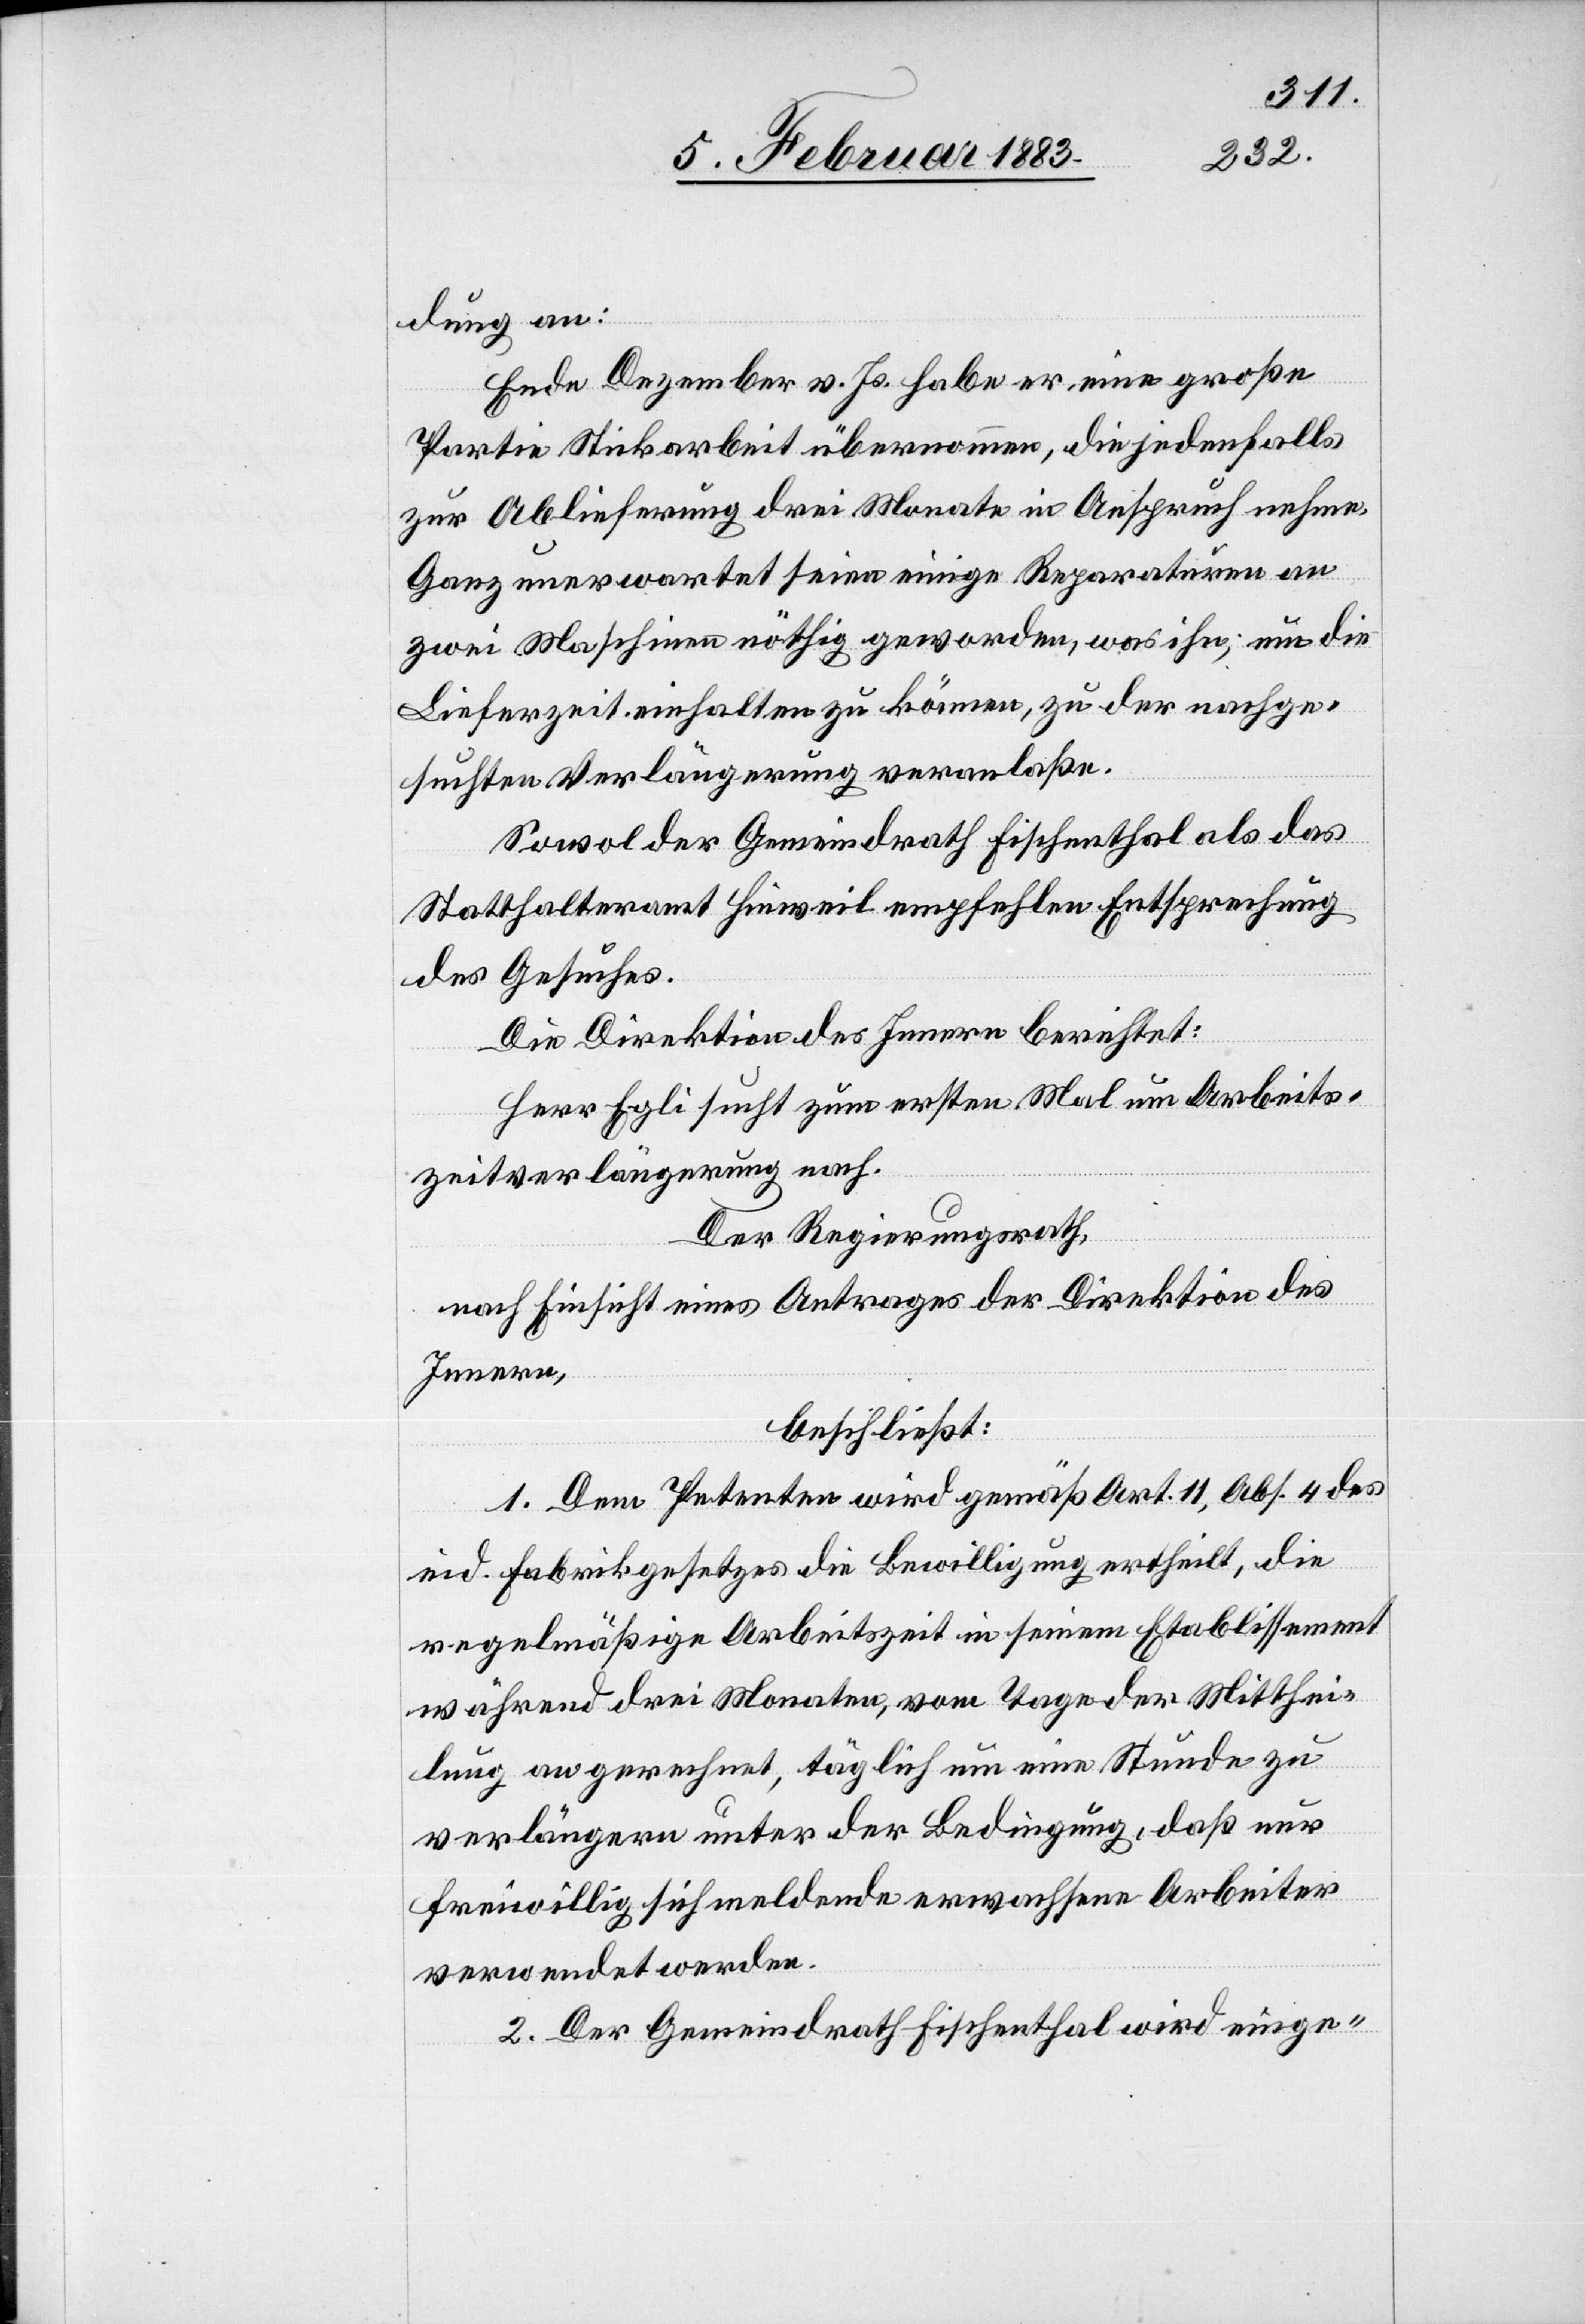
dung an:
Ende Dezember v. Js. habe er eine große
Partie Stickarbeit übernommen, die jedenfalls
zur Ablieferung drei Monate in Anspruch nehme.
Ganz unerwartet seien einige Reparaturen an
zwei Maschinen nöthig geworden, was ihn, um die
Lieferzeit einhalten zu können, zu der nachge¬
suchten Verlängerung veranlaße.
Sowol der Gemeindrath Fischenthal als das
Statthalteramt Hinweil empfehlen Entsprechung
des Gesuches.
Die Direktion des Innern berichtet:
Herr Egli sucht zum ersten Mal um Arbeits¬
zeitverlängerung nach:
Der Regierungsrath,
nach Einsicht eines Antrages der Direktion des
Innern,
beschließt:
1. Dem Petenten wird gemäß Art. 11, Abs. 4 des
eid. Fabrikgesetzes die Bewilligung ertheilt, die
regelmäßige Arbeitszeit in seinem Etablissement
während drei Monaten, vom Tage der Mitthei¬
lung an gerechnet, täglich um eine Stunde zu
verlängern unter der Bedingung, daß nur
freiwillig sich meldende erwachsene Arbeiter
verwendet werden.
2. Der Gemeindrath Fischenthal wird einge-